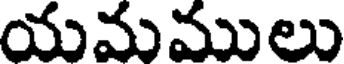
యమములు